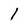
Character: 1